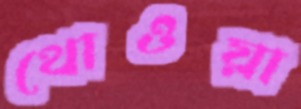
থোওয়া